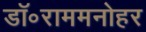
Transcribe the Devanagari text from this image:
डॉ॰राममनोहर